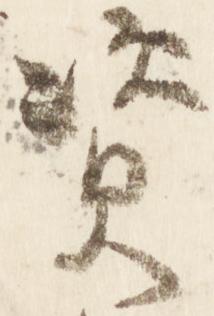
資